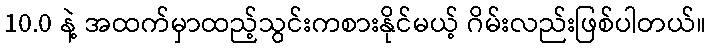
10.0 နဲ့ အထက်မှာထည့်သွင်းကစားနိုင်မယ့် ဂိမ်းလည်းဖြစ်ပါတယ်။